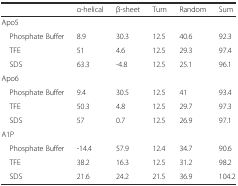
|  | α-helical | β-sheet | Turn | Random | Sum |
 | --- | --- | --- | --- | --- | --- |
 | <COLSPAN=6> Apo5 |
 | Phosphate Buffer | 8.9 | 30.3 | 12.5 | 40.6 | 92.3 |
 | TFE | 51 | 4.6 | 12.5 | 29.3 | 97.4 |
 | SDS | 63.3 | -4.8 | 12.5 | 25.1 | 96.1 |
 | <COLSPAN=6> Apo6 |
 | Phosphate Buffer | 9.4 | 30.5 | 12.5 | 41 | 93.4 |
 | TFE | 50.3 | 4.8 | 12.5 | 29.7 | 97.3 |
 | SDS | 57 | 0.7 | 12.5 | 26.9 | 97.1 |
 | <COLSPAN=6> A1P |
 | Phosphate Buffer | -14.4 | 57.9 | 12.4 | 34.7 | 90.6 |
 | TFE | 38.2 | 16.3 | 12.5 | 31.2 | 98.2 |
 | SDS | 21.6 | 24.2 | 21.5 | 36.9 | 104.2 |